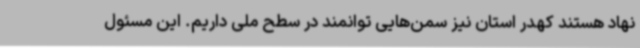
نهاد هستند کهدر استان نیز سمن‌هایی توانمند در سطح ملی داریم. این مسئول